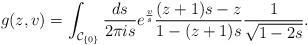
LaTeX: \begin{align*} g(z,v)&= \int_{\mathcal{C}_{\{0\}}} \frac{ds}{2 \pi is} e^{\frac{v}{s}} \frac{(z+1)s-z}{1-(z+1)s } \frac{1}{\sqrt{1 - 2 s}}. \end{align*}